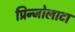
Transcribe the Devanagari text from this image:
प्रिन्जोलाटा